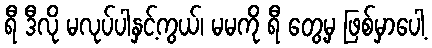
ရီ ဒီလို မလုပ်ပါနှင့်ကွယ်၊ မမကို ရီ တွေ့မှ ဖြစ်မှာပေါ့